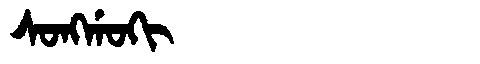
Manchu: ᠰᠣᠩᡤᠣᡴᡳ
Romanization: SONGGOKI